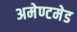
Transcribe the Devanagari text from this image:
अमेण्टमेड